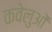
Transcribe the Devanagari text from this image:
कवेलुओं